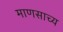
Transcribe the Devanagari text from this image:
माणसाच्य